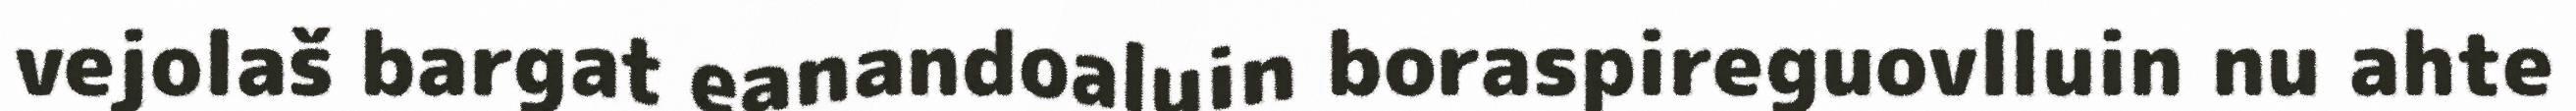
vejolaš bargat eanandoaluin boraspireguovlluin nu ahte